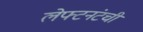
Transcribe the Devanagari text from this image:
लेफ्टनंटची